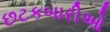
છટકબારીઓ